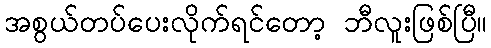
အစွယ်တပ်ပေးလိုက်ရင်တော့ ဘီလူးဖြစ်ပြီ။